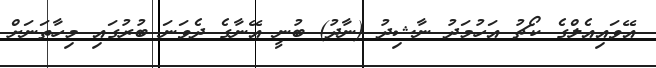
އޭވައިއެލްގެ ކޯޗު އަހުމަދު ނާޝިދު (ނާދު) ބުނީ އޭނާގެ ދެވަނަ ބުރުގައި މިހާތަނަށް